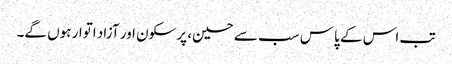
تب اس کے پاس سب سے حسین، پرسکون اور آزاد اتوار ہوں گے۔